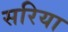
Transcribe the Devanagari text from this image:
सरिया